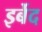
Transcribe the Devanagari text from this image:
इर्बेद